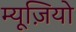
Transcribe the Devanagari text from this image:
म्यूज़ियो